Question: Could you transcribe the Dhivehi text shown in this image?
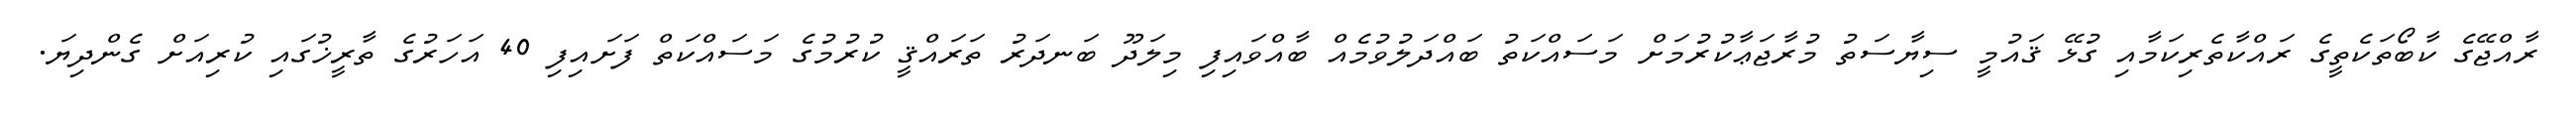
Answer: ރާއްޖޭގެ ކާބޯތަކެތީގެ ރައްކާތެރިކަމާއި ގުޅޭ ޤައުމީ ސިޔާސަތު މުރާޖަޢާކުރުމަށް މަސައްކަތު ބައްދަލުވުމެއް ބާއްވައިފި މިލަދޫ ބަނދަރު ތަރައްޤީ ކުރުމުގެ މަސައްކަތް ފަށައިފި 40 އަހަރުގެ ތާރީޚުގައި ކުރިއަށް ގެންދިޔަ.